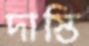
দাস্তি